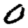
Digit: 0